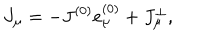
J _ { \mu } = - J ^ { ( 0 ) } e _ { \mu } ^ { ( 0 ) } + J _ { \mu } ^ { \bot } ,